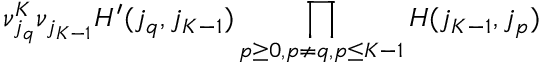
\nu _ { j _ { q } } ^ { K } \nu _ { j _ { K - 1 } } H ^ { \prime } ( j _ { q } , j _ { K - 1 } ) \prod _ { p \geq 0 , p \neq q , \/ p \leq K - 1 } H ( j _ { K - 1 } , j _ { p } )